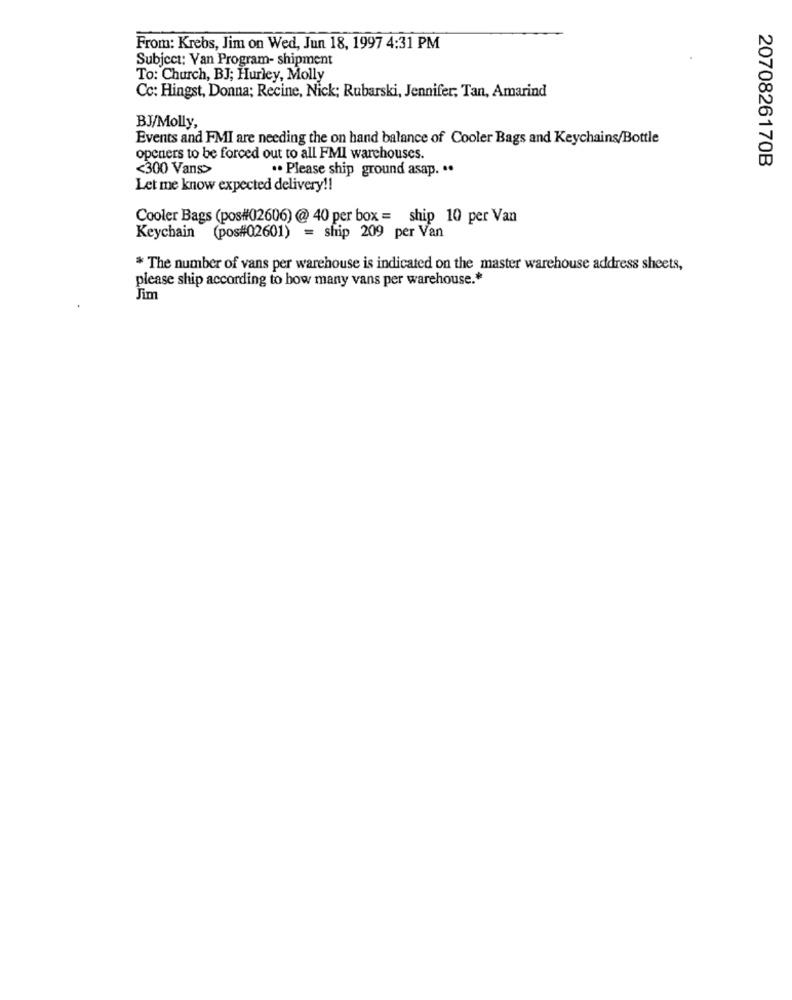
From: Krebs, Jim on Wed, Jun 18, 1997 4:31 PM
Subject: Van Program- shipment
To: Church, BJ; Hurley, Molly
Cc: Hingst, Donna; Recine, Nick; Rubarski, Jennifer; Tan, Amarind
BJ/Molly,
Events and FMI are needing the on hand balance of Cooler Bags and Keychains/Bottle
openers to be forced out to all FMI warchouses.
2070826170B
<300 Vans>
.. Please ship ground asap. ..
Let me know expected delivery !!
Cooler Bags (pos#02606) @ 40 per box = ship 10 per Van
Keychain (pos#02601) = ship 209 per Van
* The number of vans per warehouse is indicated on the master warehouse address sheets,
please ship according to how many vans per warehouse .*
Jim